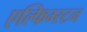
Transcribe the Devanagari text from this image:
एल्फिम्स्टन